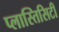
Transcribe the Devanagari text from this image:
प्लास्तिसिटी